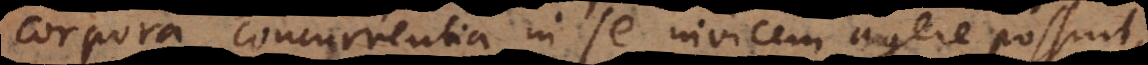
corpora concurrentia in se invicem agere possint,